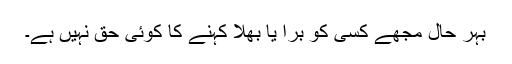
بہر حال مجھے کسی کو بُرا یا بھلا کہنے کا کوئی حق نہیں ہے۔